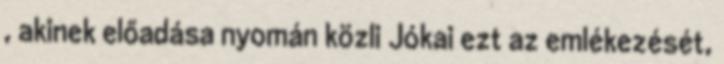
, akinek előadása nyomán közli Jókai ezt az emlékezését,